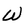
Character: W